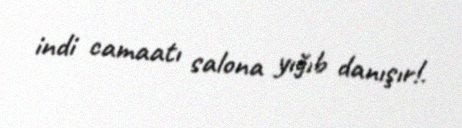
indi camaatı salona yığıb danışır!.